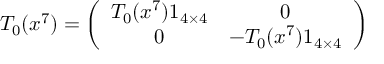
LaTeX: T _ { 0 } ( x ^ { 7 } ) = \left( \begin{array} { c c } { { T _ { 0 } ( x ^ { 7 } ) 1 _ { 4 \times 4 } } } & { { 0 } } \\ { { 0 } } & { { - T _ { 0 } ( x ^ { 7 } ) 1 _ { 4 \times 4 } } } \end{array} \right)